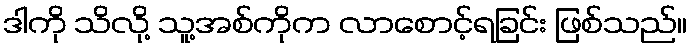
ဒါကို သိလို့ သူ့အစ်ကိုက လာစောင့်ရခြင်း ဖြစ်သည်။